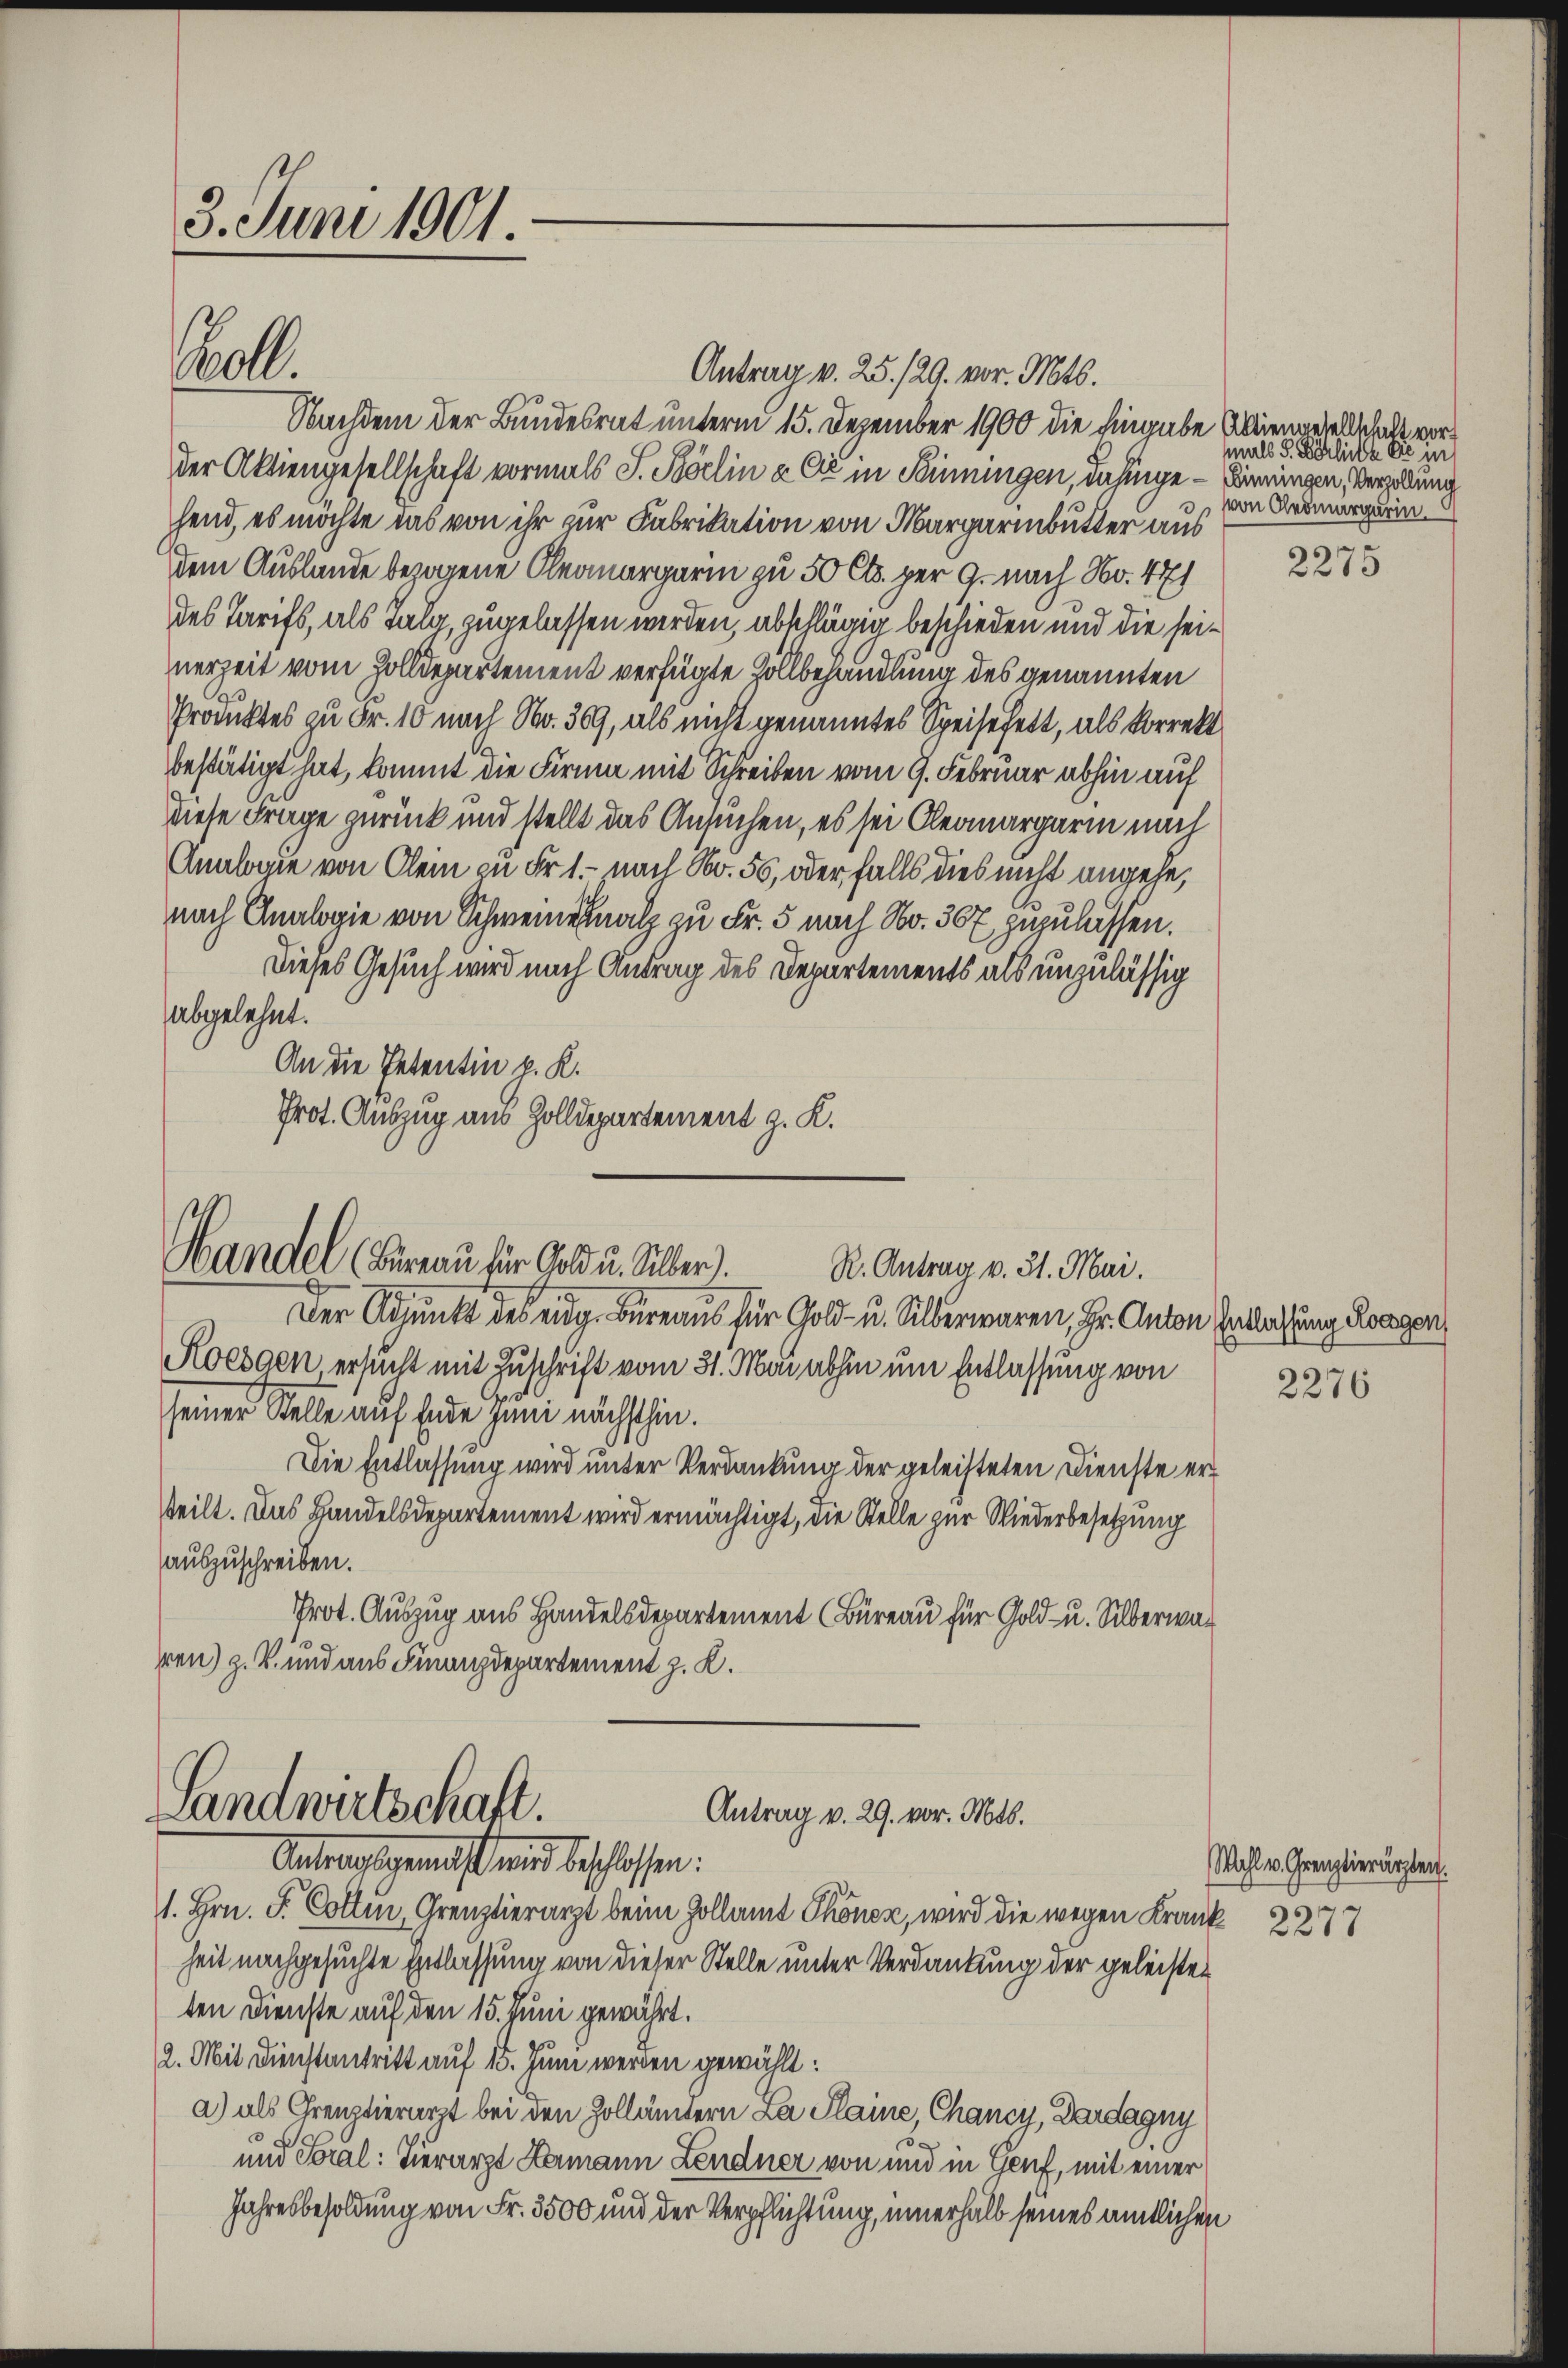
3. Juni 1901.

Antrag v. 25. 129. vor. Mts.
Nachdem der Bundesrat unterm 15. Dezember 1900 die Eingabe Abtiengesellschalt vorder Aktiengesellschaft vormals S. Pörlin & Cie in Seiningen, dahinge – Bieringen, Vergabung
hend, es möchte das von ihr zur Fabrikation von Margaributter aus
dem Auslande bezogene Oleaargarin zu 50 Cts. per 9. nach No. 471
des Tarifs, als Talg, zugelassen werden, abschlägig beschieden und die seinerzeit vom Zolldepartement verfügte Zollbehandlung des genannten
Produktes zu Fr. 10 nach No. 309, als nicht genanntes Speisefett, als korrekt
bestätigt hat, kommt die Firma mit Schreiben vom 9. Februar abhin auf
diese Frage zurück und stellt das Ansuchen, es sei Cleoargarin nach
Analogie von Klein zu Fr. 1. nach No. 50, oder falls dies nicht angehe,
nach Analogie von Schweine natz zu Fr. 5 nach No. 307 zuzulassen.
Dieses Gesuch wird nach Antrag des Departements als unzulässig
abgelehnt.
An die Petentin p. K.
Prot. Auszug aus Zolldepartement z. K.

rull.

Handel (Bureau für Gold u. Silber.
R. Antrag v. 31. Mai.

Landwirtschaft.
Antrag v. 29. vor. Mts.
Antragsgemäß wird beschlossen:

Der Adjunkt des eidg. Bureaus für Gold- u. Silberwaren, Hr. Anton Entlassung Roggen
Koesden ersucht mit Zuschrift vom 31. Mai abhin um Entlassung von
seiner Stelle auf Ende Juni nächsthin.
Die Entlassung wird unter Verdankung der geleisteten Dienste ersteilt. Das Handelsdepartement wird ermächtigt, die Stelle zur Niederbesetzung
auszuschreiben.
Prot. Auszug aus Handelsdepartement (Büreau für Gold- u. Silberwar
ren) z. B. und aus Finanzdepartement z. K.

1. Hrn. F. Cottin, Grenztierarzt beim Zollamt Thöner, wird die wegen Krank 2277
heit nachgesuchte Entlassung von dieser Stelle unter Verdankung der geleistet
ten Dienste auf den 15. Juni gewährt.
2. Mit Dienstantritt auf 15. Juni werden gewählt:
a.) als Creuztierarzt bei den Zollämtern La Plaine, Chancy, Dardagny
und Soral: Tierarzt Lamann Lendner von und in Genf, mit einer
Jahresbesoldung von Fr. 3500 und der Verpflichtung, innerhalb seines amtlichen

mals 5. Förliche Sie in
von Oledmargarin.

2275

2276

Wahl v. Grenztierärzten